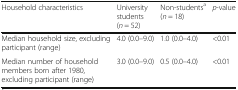
<table><thead><tr><td><b>Household characteristics</b></td><td><b>University students (<i>n</i> = 52)</b></td><td><b>Non-students<sup>a</sup>(<i>n</i> = 18)</b></td><td><b><i>p</i>-value</b></td></tr></thead><tbody><tr><td>Median household size, excluding participant (range)</td><td>4.0 (0.0–9.0)</td><td>1.0 (0.0–4.0)</td><td>&lt;0.01</td></tr><tr><td>Median number of household members born after 1980, excluding participant (range)</td><td>3.0 (0.0–9.0)</td><td>0.5 (0.0–4.0)</td><td>&lt;0.01</td></tr></tbody></table>